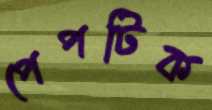
পেপটিক